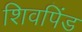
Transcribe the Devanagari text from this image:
शिवपिंड